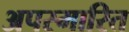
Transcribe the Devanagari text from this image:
अपस्मारित